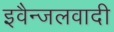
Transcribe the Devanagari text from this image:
इवैन्जलवादी